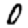
Digit: 0